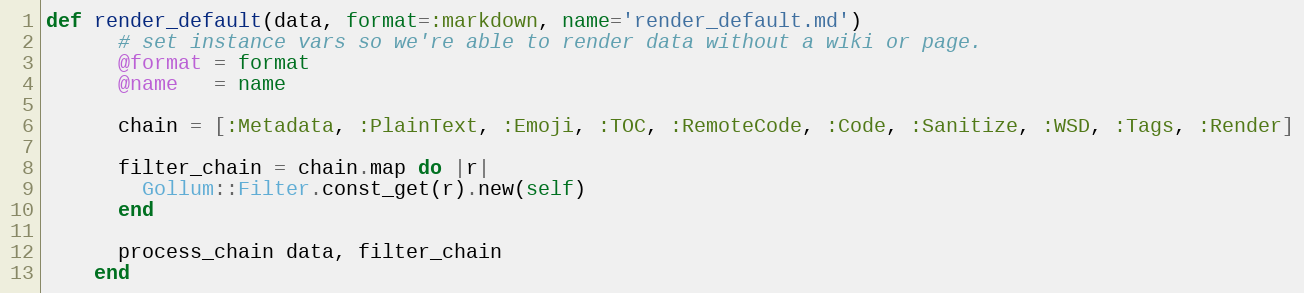
Language: Ruby
def render_default(data, format=:markdown, name='render_default.md')
      # set instance vars so we're able to render data without a wiki or page.
      @format = format
      @name   = name

      chain = [:Metadata, :PlainText, :Emoji, :TOC, :RemoteCode, :Code, :Sanitize, :WSD, :Tags, :Render]

      filter_chain = chain.map do |r|
        Gollum::Filter.const_get(r).new(self)
      end

      process_chain data, filter_chain
    end